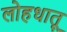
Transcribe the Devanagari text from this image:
लोहधातू